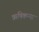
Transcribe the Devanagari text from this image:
ऋषिकन्या